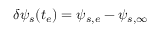
\delta \psi _ { s } ( t _ { e } ) = \psi _ { s , e } - \psi _ { s , \infty }